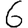
Digit: 6